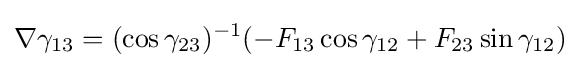
\nabla \gamma _{13}=(\cos \gamma _{23})^{-1}(-F_{13}\cos \gamma _{12}+F_{23}\sin \gamma _{12})